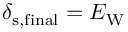
\delta _ { \mathrm { s , f i n a l } } = E _ { \mathrm { W } }